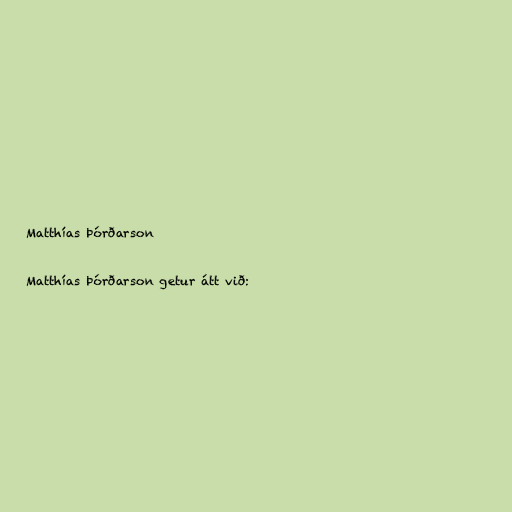
Matthías Þórðarson

Matthías Þórðarson getur átt við: